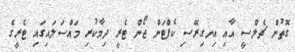
ގޮތުން ޗެލްސީ އާއި އިނގިރޭސި ކެޕްޓަން ޖޯން ޓެރީ ދިމާކުރި މައްސަލައިގައި ޓެރީގެ